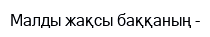
Малды жақсы баққаның -